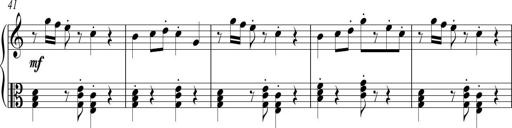
Title: Sonatina No. 1 in C
Composer: A. Marando
Key: C major